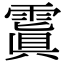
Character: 𩄚